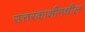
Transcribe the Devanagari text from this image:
उत्तरकाशीमधील